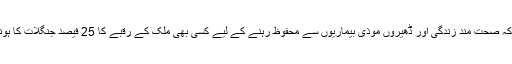
واضح رہے کہ صحت مند زندگی اور ڈھیروں موذی بیماریوں سے محفوظ رہنے کے لیے کسی بھی ملک کے رقبے کا 25 فیصد جنگلات کا ہونا لازمی ہے۔